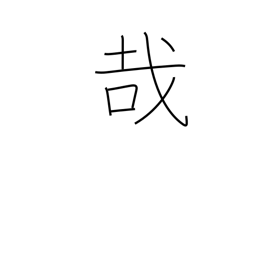
Meaning: exclamation mark